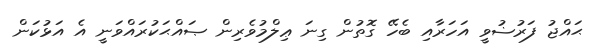
ޙައްޖު ފަރުޟުވީ އަހަރާއި ބެހޭ ގޮތުން ގިނަ ޢިލްމުވެރިން ޞައްޙަކުރައްވަނީ އެ އަޅުކަން